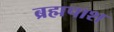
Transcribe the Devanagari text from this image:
ब्रह्मपाश